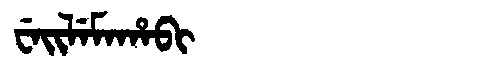
Manchu: ᠸᡝᡳᠯᡝᠮᠠᡥᠠᠪᡳ
Romanization: WEILEMAHABI